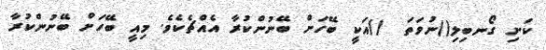
ކަށި ގޯނބިލި()ނުވަތަ  ()އަކީ ބޭހަށް ބޭނުންކުރާ އެއްޗެކެވެ. މިއީ ބޭހަށް ބޭނުންކުރާ